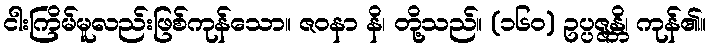
ငါးကြိမ်မူလည်းဖြစ်ကုန်သော။ ဇဝနာ နိ၊ တို့သည်။ (၁၆၀) ဥပ္ပဇ္ဇန္တိ၊ ကုန်၏။